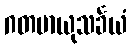
ဂတမာယုသင်္ခယံ